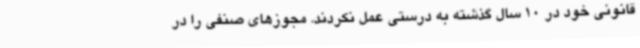
قانونی خود در 10 سال گذشته به درستی عمل نکردند. مجوزهای صنفی را در